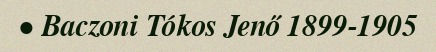
• Baczoni Tókos Jenő 1899-1905